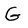
Character: G